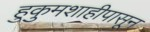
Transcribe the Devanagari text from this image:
हुकुमशाहीपासून